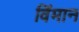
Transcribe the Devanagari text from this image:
विंमान